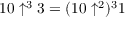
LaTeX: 1 0 \uparrow ^ { 3 } 3 = ( 1 0 \uparrow ^ { 2 } ) ^ { 3 } 1